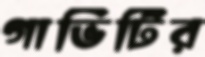
গাভিটির